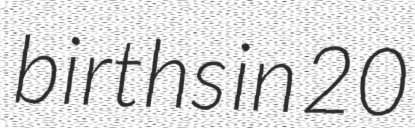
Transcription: births in 20